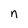
Character: n